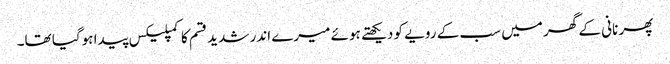
پھر نانی کے گھر میں سب کے رویے کو دیکھتے ہوئے میرے اندر شدید قسم کا کمپلیکس پیدا ہوگیا تھا۔